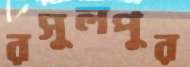
রসুলপুর